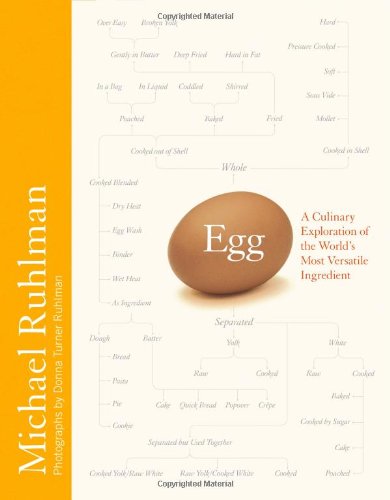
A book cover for Egg: A Culinary Exploration of the World's Most Versatile Ingredient; Michael Ruhlman; Cookbooks, Food & Wine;